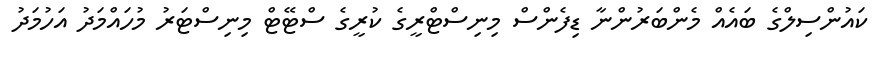
ކައުންސިލްގެ ބައެއް މެންބަރުންނާ ޑިފެންސް މިނިސްޓްރީގެ ކުރީގެ ސްޓޭޓް މިނިސްޓަރު މުހައްމަދު އަހުމަދު